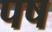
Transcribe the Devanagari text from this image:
पष